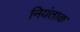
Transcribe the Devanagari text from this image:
नियंताक